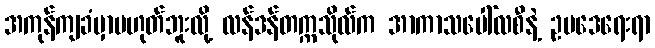
အကုန်ကျခံမှာမဟုတ်ဘူးလို့ လန်ဒန်တက္ကသိုလ်က အာကာသပေါ်လစီနဲ့ ဥပဒေရေးရာ